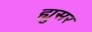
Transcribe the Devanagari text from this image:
ह्युसर